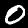
Label: 0